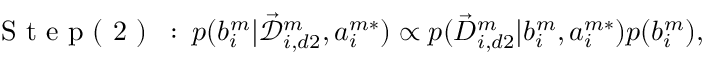
\mathrm { ~ S ~ t ~ e ~ p ~ ( ~ 2 ~ ) ~ } \: : \: p ( b _ { i } ^ { m } | \mathcal { \vec { D } } _ { i , d 2 } ^ { m } , a _ { i } ^ { m * } ) \propto p ( \vec { D } _ { i , d 2 } ^ { m } | b _ { i } ^ { m } , a _ { i } ^ { m * } ) p ( b _ { i } ^ { m } ) ,